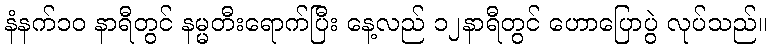
နံနက်၁၀ နာရီတွင် နမ္မတီးရောက်ပြီး နေ့လည် ၁၂နာရီတွင် ဟောပြောပွဲ လုပ်သည်။